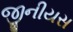
જીનીયસ